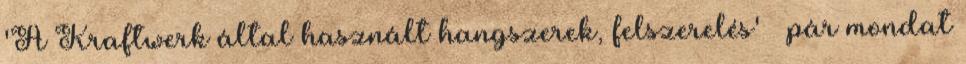
'A Kraftwerk által használt hangszerek, felszerelés' » pár mondat